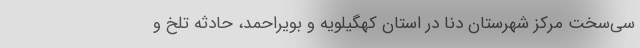
سی‌سخت مرکز شهرستان دنا در استان کهگیلویه و بویراحمد، حادثه تلخ و